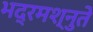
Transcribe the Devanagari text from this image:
भद्रमश्नुते